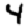
Digit: 4